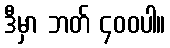
ဒီမှာ ဘတ် ၄၀၀ပါ။